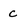
Character: C